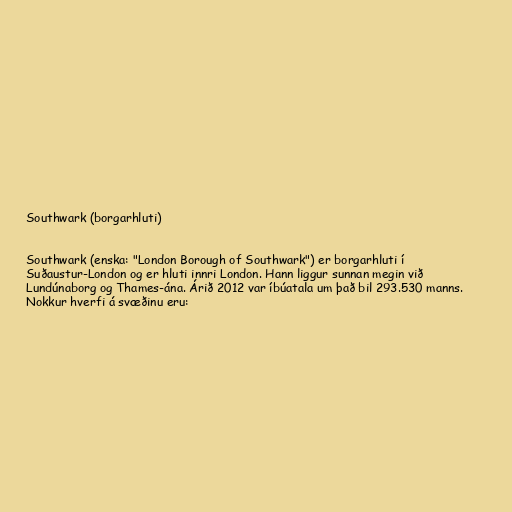
Southwark (borgarhluti)

Southwark (enska: "London Borough of Southwark") er borgarhluti í
Suðaustur-London og er hluti innri London. Hann liggur sunnan megin við
Lundúnaborg og Thames-ána. Árið 2012 var íbúatala um það bil 293.530 manns.
Nokkur hverfi á svæðinu eru: